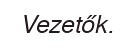
Vezetők.